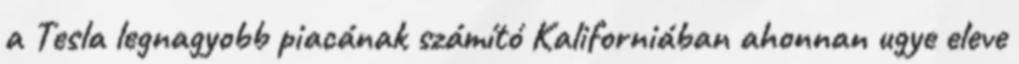
a Tesla legnagyobb piacának számító Kaliforniában ahonnan ugye eleve